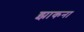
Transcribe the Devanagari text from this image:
झाकना